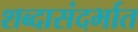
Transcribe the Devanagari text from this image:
शब्दासंदर्भात